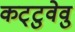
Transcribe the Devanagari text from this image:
कट्‌टुवेवु